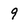
Character: 9